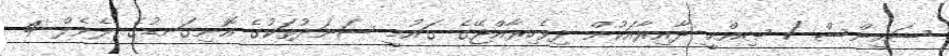
ސައިންސް / ޞިއްޙީ ދާއިރާއަކުން ދިވެހިރާއްޖޭގެ ގައުމީ ސަނަދުތަކުގެ އޮނިގަނޑުގެ ލެވެލް 4